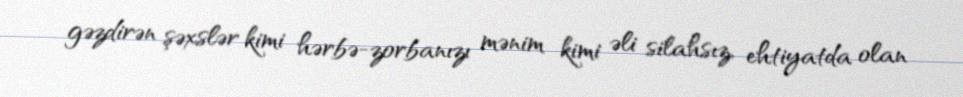
gəzdirən şəxslər kimi hərbə-zorbanızı mənim kimi əli silahsız, ehtiyatda olan